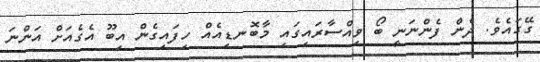
ގޭގައެވެ. ދެން ފެންނަނީ ބޯ ވިއްސާރައިގައި މާބޮނޑިއެއް ހިފައިގެން އިބޫ އެގެއަށް އަންނަ